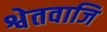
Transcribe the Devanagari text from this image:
श्वेतवाजि